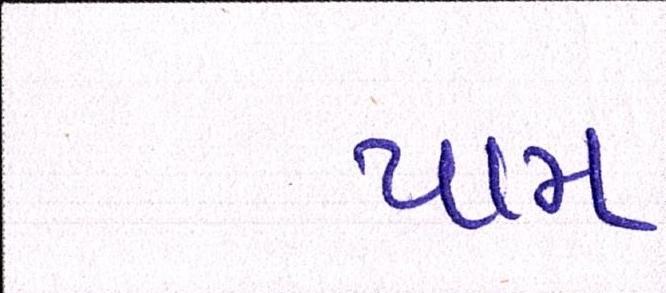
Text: પામ